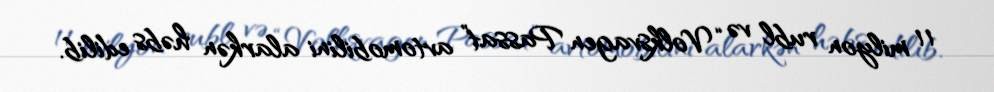
11 milyon rubl və “Volksvagen Passat” avtomobilini alarkən həbs edilib.